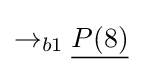
\rightarrow _{b1}{\underline {P(8)}}